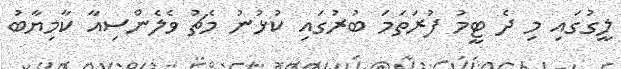
ލީގުގައި މި ދެ ޓީމު ފުރަތަމަ ބުރުގައި ކުޅުނު މެޗު ވެލެންސިއާ ކާމިޔާބު